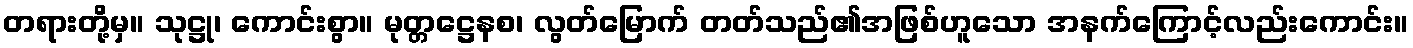
တရားတို့မှ။ သုဋ္ဌု၊ ကောင်းစွာ။ မုတ္တဋ္ဌေနစ၊ လွတ်မြောက် တတ်သည်၏အဖြစ်ဟူသော အနက်ကြောင့်လည်းကောင်း။